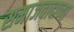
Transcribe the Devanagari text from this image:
समाजवादाच्या